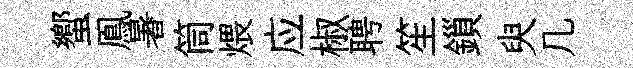
蠁鳯暑筒煨应椒聘笙鎻臾几